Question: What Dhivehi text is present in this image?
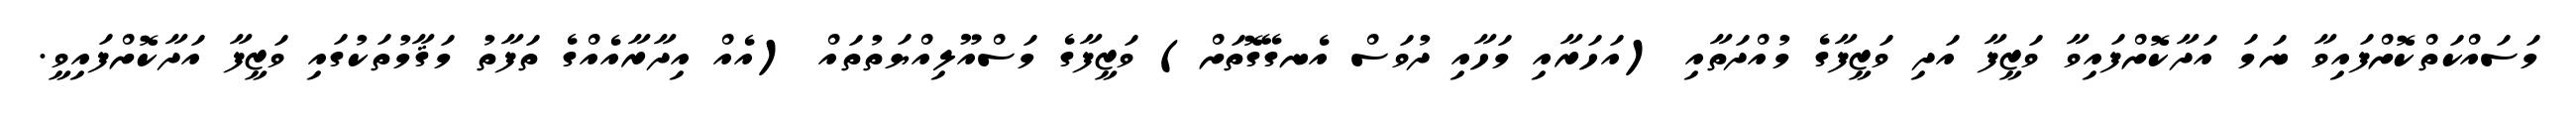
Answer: މަސައްކަތްކޮށްފައިވާ ނަމަ އަދާކޮށްފައިވާ ވަޒީފާ އަދި ވަޒީފާގެ މުއްދަތާއި (އަހަރާއި މަހާއި ދުވަސް އެނގޭގޮތަށް) ވަޒީފާގެ މަސްއޫލިއްޔަތުތައް (އެއް އިދާރާއެއްގެ ތަފާތު މަޤާމުތަކުގައި ވަޒީފާ އަދާކޮށްފައިވީ.